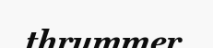
thrummer